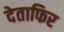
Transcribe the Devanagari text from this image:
देताफिर